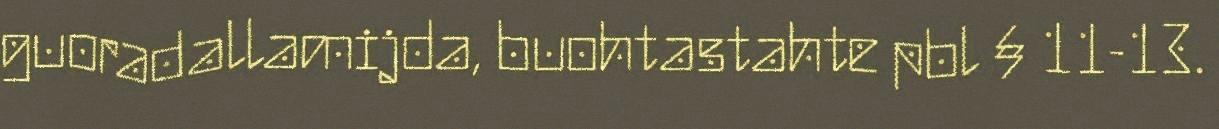
guoradallamijda, buohtastahte pbl § 11-13.